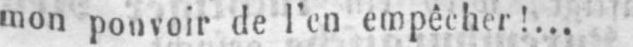
mon pouvoir de l’en empêcher!...